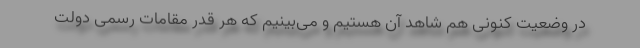
در وضعیت کنونی هم شاهد آن هستیم و می‌بینیم که هر قدر مقامات رسمی دولت